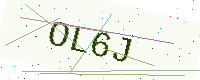
Text: OL6J